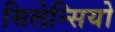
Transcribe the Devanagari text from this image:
सिलेन्सियो